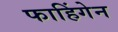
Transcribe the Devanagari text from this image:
फाहिंगेन